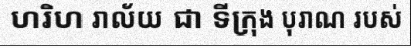
ហរិហ រាល័យ ជា ទីក្រុង បុរាណ របស់